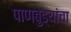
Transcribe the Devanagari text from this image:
पाणबुड्यांचा